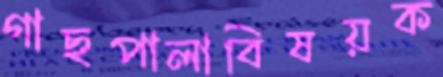
গাছপালাবিষয়ক